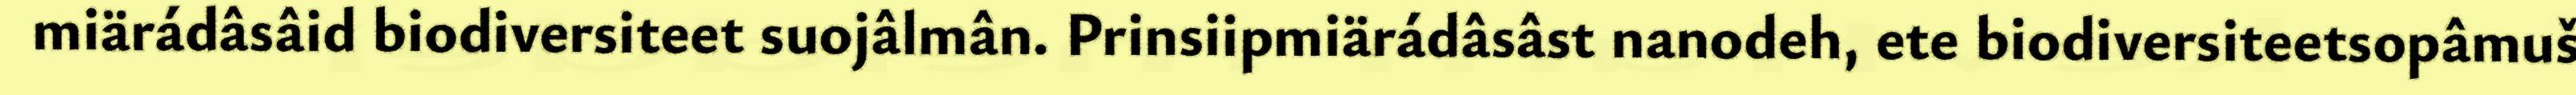
miärádâsâid biodiversiteet suojâlmân. Prinsiipmiärádâsâst nanodeh, ete biodiversiteetsopâmuš